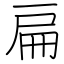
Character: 扁